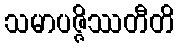
သမာပဇ္ဇိဿတီတိ